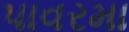
પાવરમા